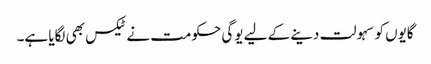
گایوں کو سہولت دینے کے لیے یوگی حکومت نے ٹیکس بھی لگایا ہے۔